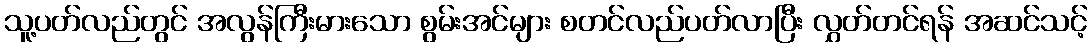
သူ့ပတ်လည်တွင် အလွန်ကြီးမားသော စွမ်းအင်များ စတင်လည်ပတ်လာပြီး လွှတ်တင်ရန် အဆင်သင့်